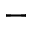
-